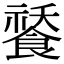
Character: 𩜸